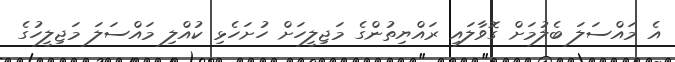
އެ މައްސަލަ ބެލުމަށް ގޮވާލައި ރައްޔިތުންގެ މަޖިލީހަށް ހުށަހެޅި ކުއްލި މައްސަލަ މަޖިލީހުގެ